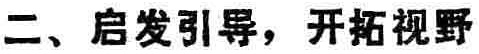
二、启发引导，开拓视野